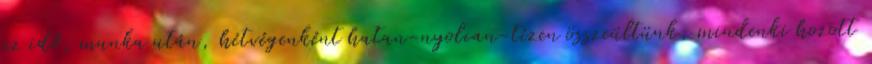
az idő, munka után, hétvégenként hatan-nyolcan-tízen összeültünk, mindenki hozott